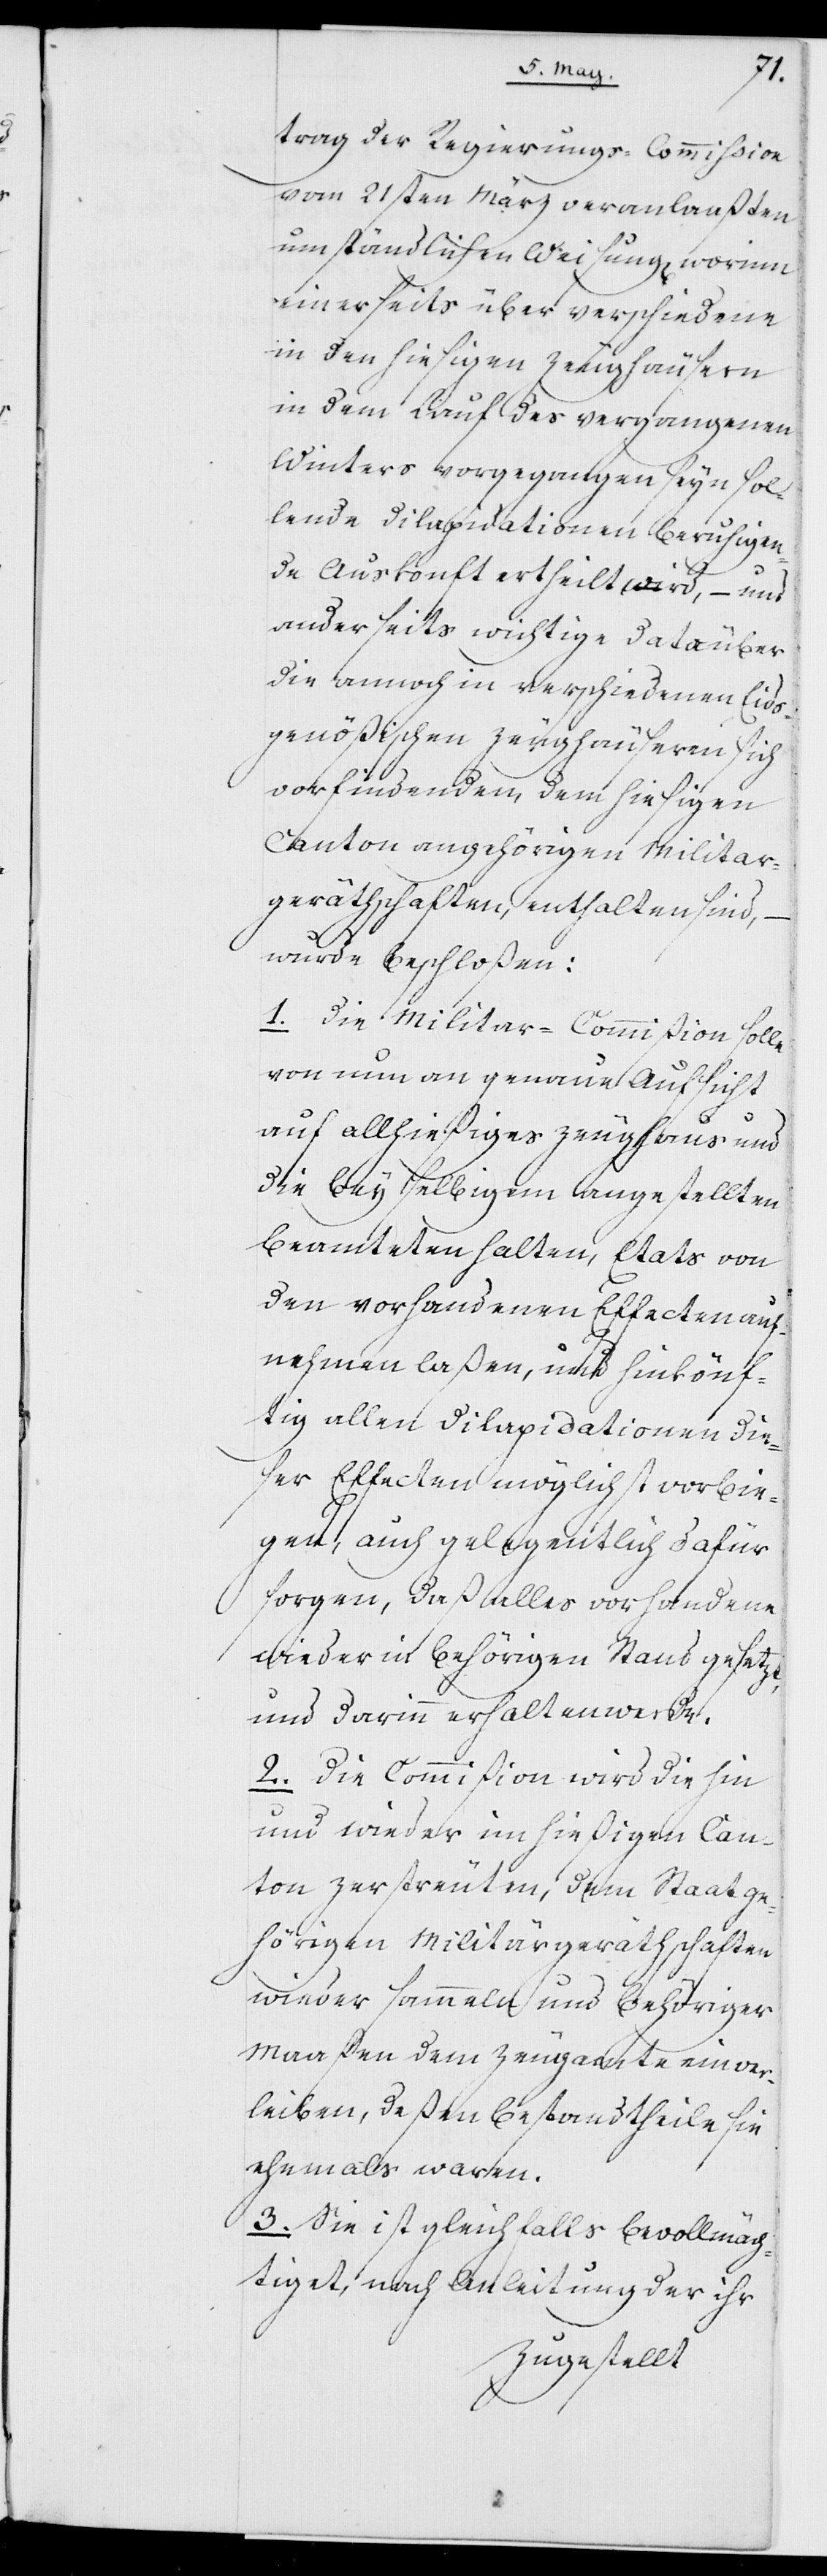
trag der Regierungs-Commißion
vom 21sten März veranlaaßten
umständlichen Weisung, worinn
einerseits über verschiedene
in den hiesigen Zeughäusern
in dem Lauf des vergangenen
Winters vorgegangen seyn sol¬
lende Dilapidationen beruhigen¬
de Auskunft ertheilt wird, – und
anderseits wichtige Data über
die annoch in verschiedenen Eids¬
genößischen Zeughäuseren sich
vorfindenden, dem hiesigen
Canton angehörigen Militar¬
geräthschaften, enthalten sind, –
wurde beschloßen:
1. Die Militar-Commißion solle
von nun an genaue Aufsicht
auf allhießiges Zeughaus und
die bey selbigem angestellten
Beamteten halten, Etats von
den vorhandenen Effecten auf¬
nehmen laßen, und hinkönf¬
tig allen Dilapidationen die¬
ser Effecten möglichst vorbie¬
gen, auch gelegentlich dafür
sorgen, daß alles vorhandene
wieder in behörigen Stand gesetzt,
und darinn erhalten werde.
2. Die Commißion wird die hin
und wieder im hießigen Kan¬
ton zerstreuten, dem Staat ge¬
hörigen Militärgeräthschaften
wieder sammeln und behöriger
Maaßen dem Zeugamte einver¬
leiben, deßen Bestandtheile sie
ehemals waren.
3. Sie ist gleichfalls bevollmäch¬
tiget, nach Anleitung der ihr